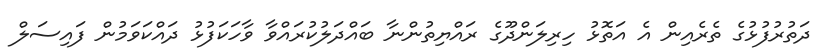
ދަތުރުފުޅުގެ ތެރެއިން އެ އަތޮޅު ހިރިލަންދޫގެ ރައްޔިތުންނާ ބައްދަލުކުރައްވާ ވާހަކަފުޅު ދައްކަވަމުން ފައިސަލް